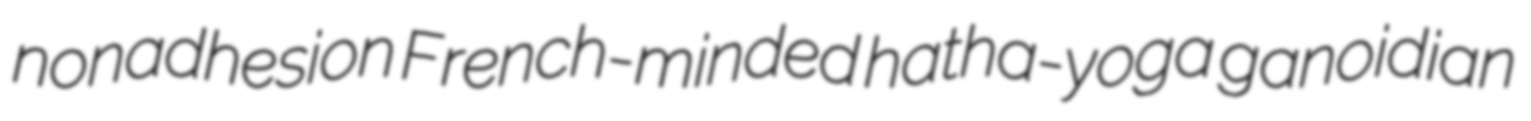
nonadhesion French-minded hatha-yoga ganoidian